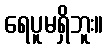
ရေပူမရှိဘူး။